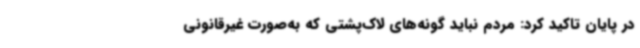
در پایان تاکید کرد: مردم نباید گونه‌های لاک‌پشتی که به‌صورت غیرقانونی